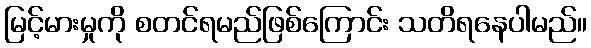
မြင့်မားမှုကို စတင်ရမည်ဖြစ်ကြောင်း သတိရနေပါမည်။